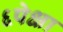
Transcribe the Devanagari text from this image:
६पेक्षा